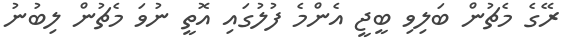
ރޭގެ މެޗުން ބަލިވި ބީޖީ އެންމެ ފުލުގައި އޮތީ ނުވަ މެޗުން ލިބުނު